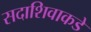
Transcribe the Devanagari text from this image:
सदाशिवाकडे